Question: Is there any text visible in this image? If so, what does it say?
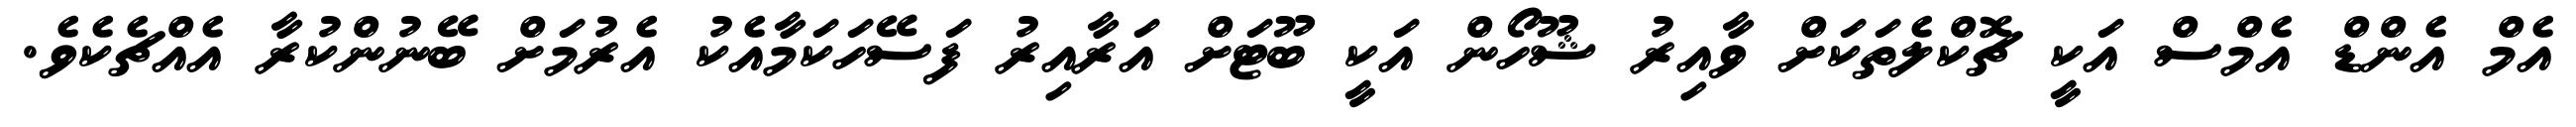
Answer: އެމް އެންޑް އެމްސް އަކީ ޗޮކްލެތަކަށް ވާއިރު ޝޫހޯން އަކީ ބޫޓަށް އަރާއިރު ފަސޭހަކަމާއެކު އެރުމަށް ބޭނުންކުރާ އެއްޗެކެވެ.